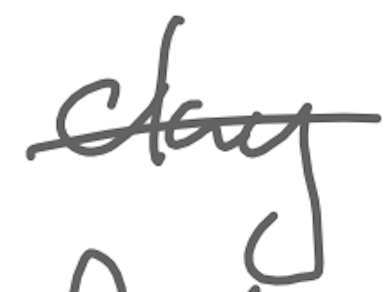
Text: clay
Cross-out: single-line
Writing tool: digital_gray